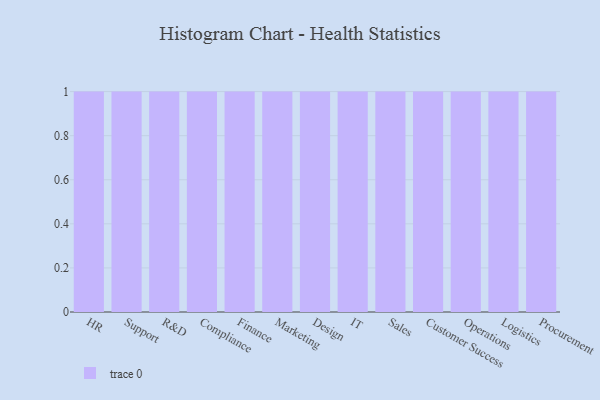
{"axis": {"x": "Department", "y": "Satisfaction Score"}, "legend": [""], "data": [{"x": "HR", "y": 82, "type": ""}, {"x": "Support", "y": 12, "type": ""}, {"x": "R&D", "y": 5, "type": ""}, {"x": "Compliance", "y": 36, "type": ""}, {"x": "Finance", "y": 61, "type": ""}, {"x": "Marketing", "y": 3, "type": ""}, {"x": "Design", "y": 49, "type": ""}, {"x": "IT", "y": 49, "type": ""}, {"x": "Sales", "y": 88, "type": ""}, {"x": "Customer Success", "y": 60, "type": ""}, {"x": "Operations", "y": 6, "type": ""}, {"x": "Logistics", "y": 95, "type": ""}, {"x": "Procurement", "y": 62, "type": ""}]}